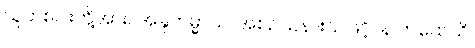
သူတစ်ပါးတို့အား။ အနူကမ္မာယ၊ အစဉ်သနားသဖြင့်။ န ကထေသိ၊